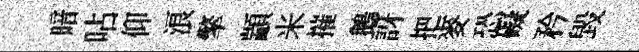
暗呫仰浪擎顓米摧鵝訝把麥恐礙矜毀